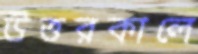
উত্তরকালে